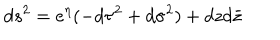
d s ^ { 2 } = e ^ { \eta } ( - d \tau ^ { 2 } + d \sigma ^ { 2 } ) + d z d \bar { z }